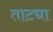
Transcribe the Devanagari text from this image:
ताट्या